Lunatic asylums Madras 1877-1891 - 1877-1891
Year: 1877
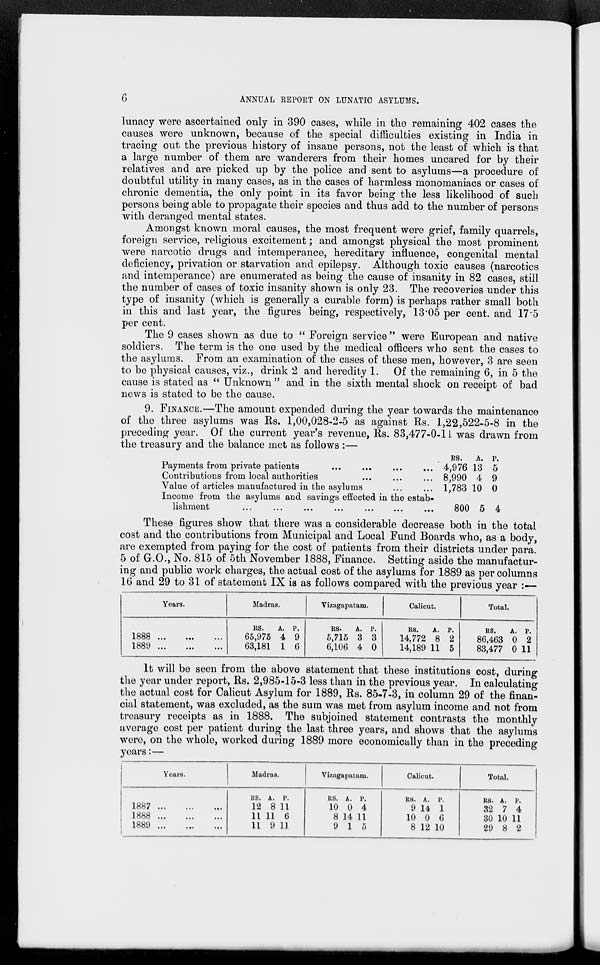
6
ANNUAL REPORT ON LUNATIC ASYLUMS.
lunacy were ascertained only in 390 cases, while in the remaining 402 cases the
causes were unknown, because of the special difficulties existing in India in
tracing out the previous history of insane persons, not the least of which is that
a large number of them are wanderers from their homes uncared for by their
relatives and are picked up by the police and sent to asylums—a procedure of
doubtful utility in many cases, as in the cases of harmless monomaniacs or cases of
chronic dementia, the only point in its favor being the less likelihood of such
persons being able to propagate their species and thus add to the number of persons
with deranged mental states.
Amongst known moral causes, the most frequent were grief, family quarrels,
foreign service, religious excitement; and amongst physical the most prominent
were narcotic drugs and intemperance, hereditary influence, congenital mental
deficiency, privation or starvation and epilepsy. Although toxic causes (narcotics
and intemperance) are enumerated as being the cause of insanity in 82 cases, still
the number of cases of toxic insanity shown is only 23. The recoveries under this
type of insanity (which is generally a curable form) is perhaps rather small both
in this and last year, the figures being, respectively, 13.05 per cent. and 17.5
per cent.
The 9 cases shown as due to " Foreign service "were European and native
soldiers. The term is the one used by the medical officers who sent the cases to
the asylums. From an examination of the cases of these men, however, 3 are seen
to be physical causes, viz., drink 2 and heredity 1. Of the remaining 6, in 5 the
cause is stated as "Unknown " and in the sixth mental shock on receipt of bad
news is stated to be the cause.
9. FINANCE.—The amount expended during the year towards the maintenance
of the three asylums was Rs. 1,00,028-2-5 as against Rs. 1,22,522-5-8 in the
preceding year. Of the current year's revenue, Rs. 83,477-0-11 was drawn from
the treasury and the balance met as follows :—
Payments from private patients ... ... ... ...
Contributions from local authorities ... ... ...
Value of articles manufactured in the asylums ... ...
Income from the asylums and savings effected in the estab-
lishment
...
...
...
...
...
...
...
RS.
4,976
8,990
1,783
800
A.
13
4
10
5
P.
5
9
0
4
These figures show that there was a considerable decrease both in the total
cost and the contributions from Municipal and Local Fund Boards who, as a body,
are exempted from paying for the cost of patients from their districts under para.
5 of G.O., No. 815 of 5th November 1888, Finance. Setting aside the manufactur-
ing and public work charges, the actual cost of the asylums for 1889 as per columns
16 and 29 to 31 of statement IX is as follows compared with the previous year :—
Years.
1888 ... ... ...
1889 ... ... ...
Madras.
RS.
65,975
63,181
A.
4
1
P.
9
6
Vizagapatam.
RS.
5,715
6,106
A.
3
4
P.
3
0
Calicut.
RS.
14,772
14,189
A.
8
11
P.
2
5
Total.
RS.
86,463
83,477
A.
0
0
P.
2
11
It will be seen from the above statement that these institutions cost, during
the year under report, Rs. 2,985-15-3 less than in the previous year. In calculating
the actual cost for Calicut Asylum for 1889, Rs. 85-7-3, in column 29 of the finan-
cial statement, was excluded, as the sum was met from asylum income and not from
treasury receipts as in 1888. The subjoined statement contrasts the monthly
average cost per patient during the last three years, and shows that the asylums
were, on the whole, worked during 1889 more economically than in the preceding
years:—
Years.
1887
...
...
...
1888
...
...
...
1889 ... ... ...
Madras.
RS.
12
11
11
A.
8
11
9
P.
11
6
11
Vizagapatam.
RS.
10
8
9
A.
0
14
1
P.
4
11
5
Calicut.
RS.
9
10
8
A.
14
0
12
P.
1
6
10
Total.
RS.
32
30
29
A.
7
10
8
P.
4
11
2